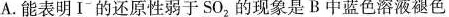
A.能表明I^{-}的还原性弱于SO_{2}的现象是B中蓝色溶液褪色